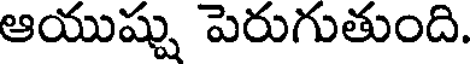
ఆయుష్షు పెరుగుతుంది.